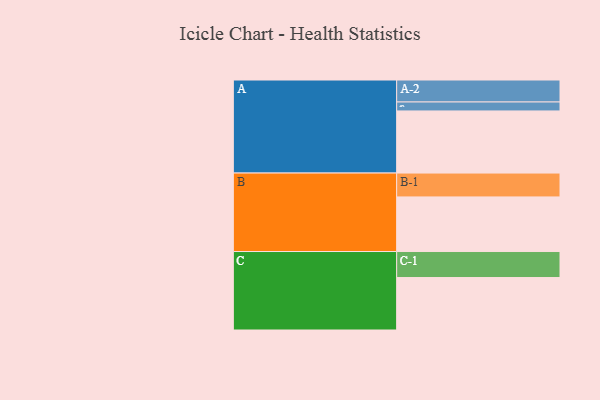
{"axis": {"x": "Segment", "y": "Value"}, "legend": ["", "A", "B", "C"], "data": [{"x": "A", "y": 554, "type": ""}, {"x": "B", "y": 487, "type": ""}, {"x": "C", "y": 468, "type": ""}, {"x": "A-1", "y": 80, "type": "A"}, {"x": "A-2", "y": 196, "type": "A"}, {"x": "B-1", "y": 213, "type": "B"}, {"x": "C-1", "y": 232, "type": "C"}]}